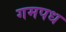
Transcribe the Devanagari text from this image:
गमपध